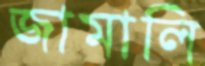
জামালি